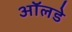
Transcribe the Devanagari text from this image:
ऑलडे